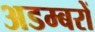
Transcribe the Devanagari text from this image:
अडम्बरों